65_HS1-834228961_62-HQ-83894_Serial_164
Agency: FBI
Page 121
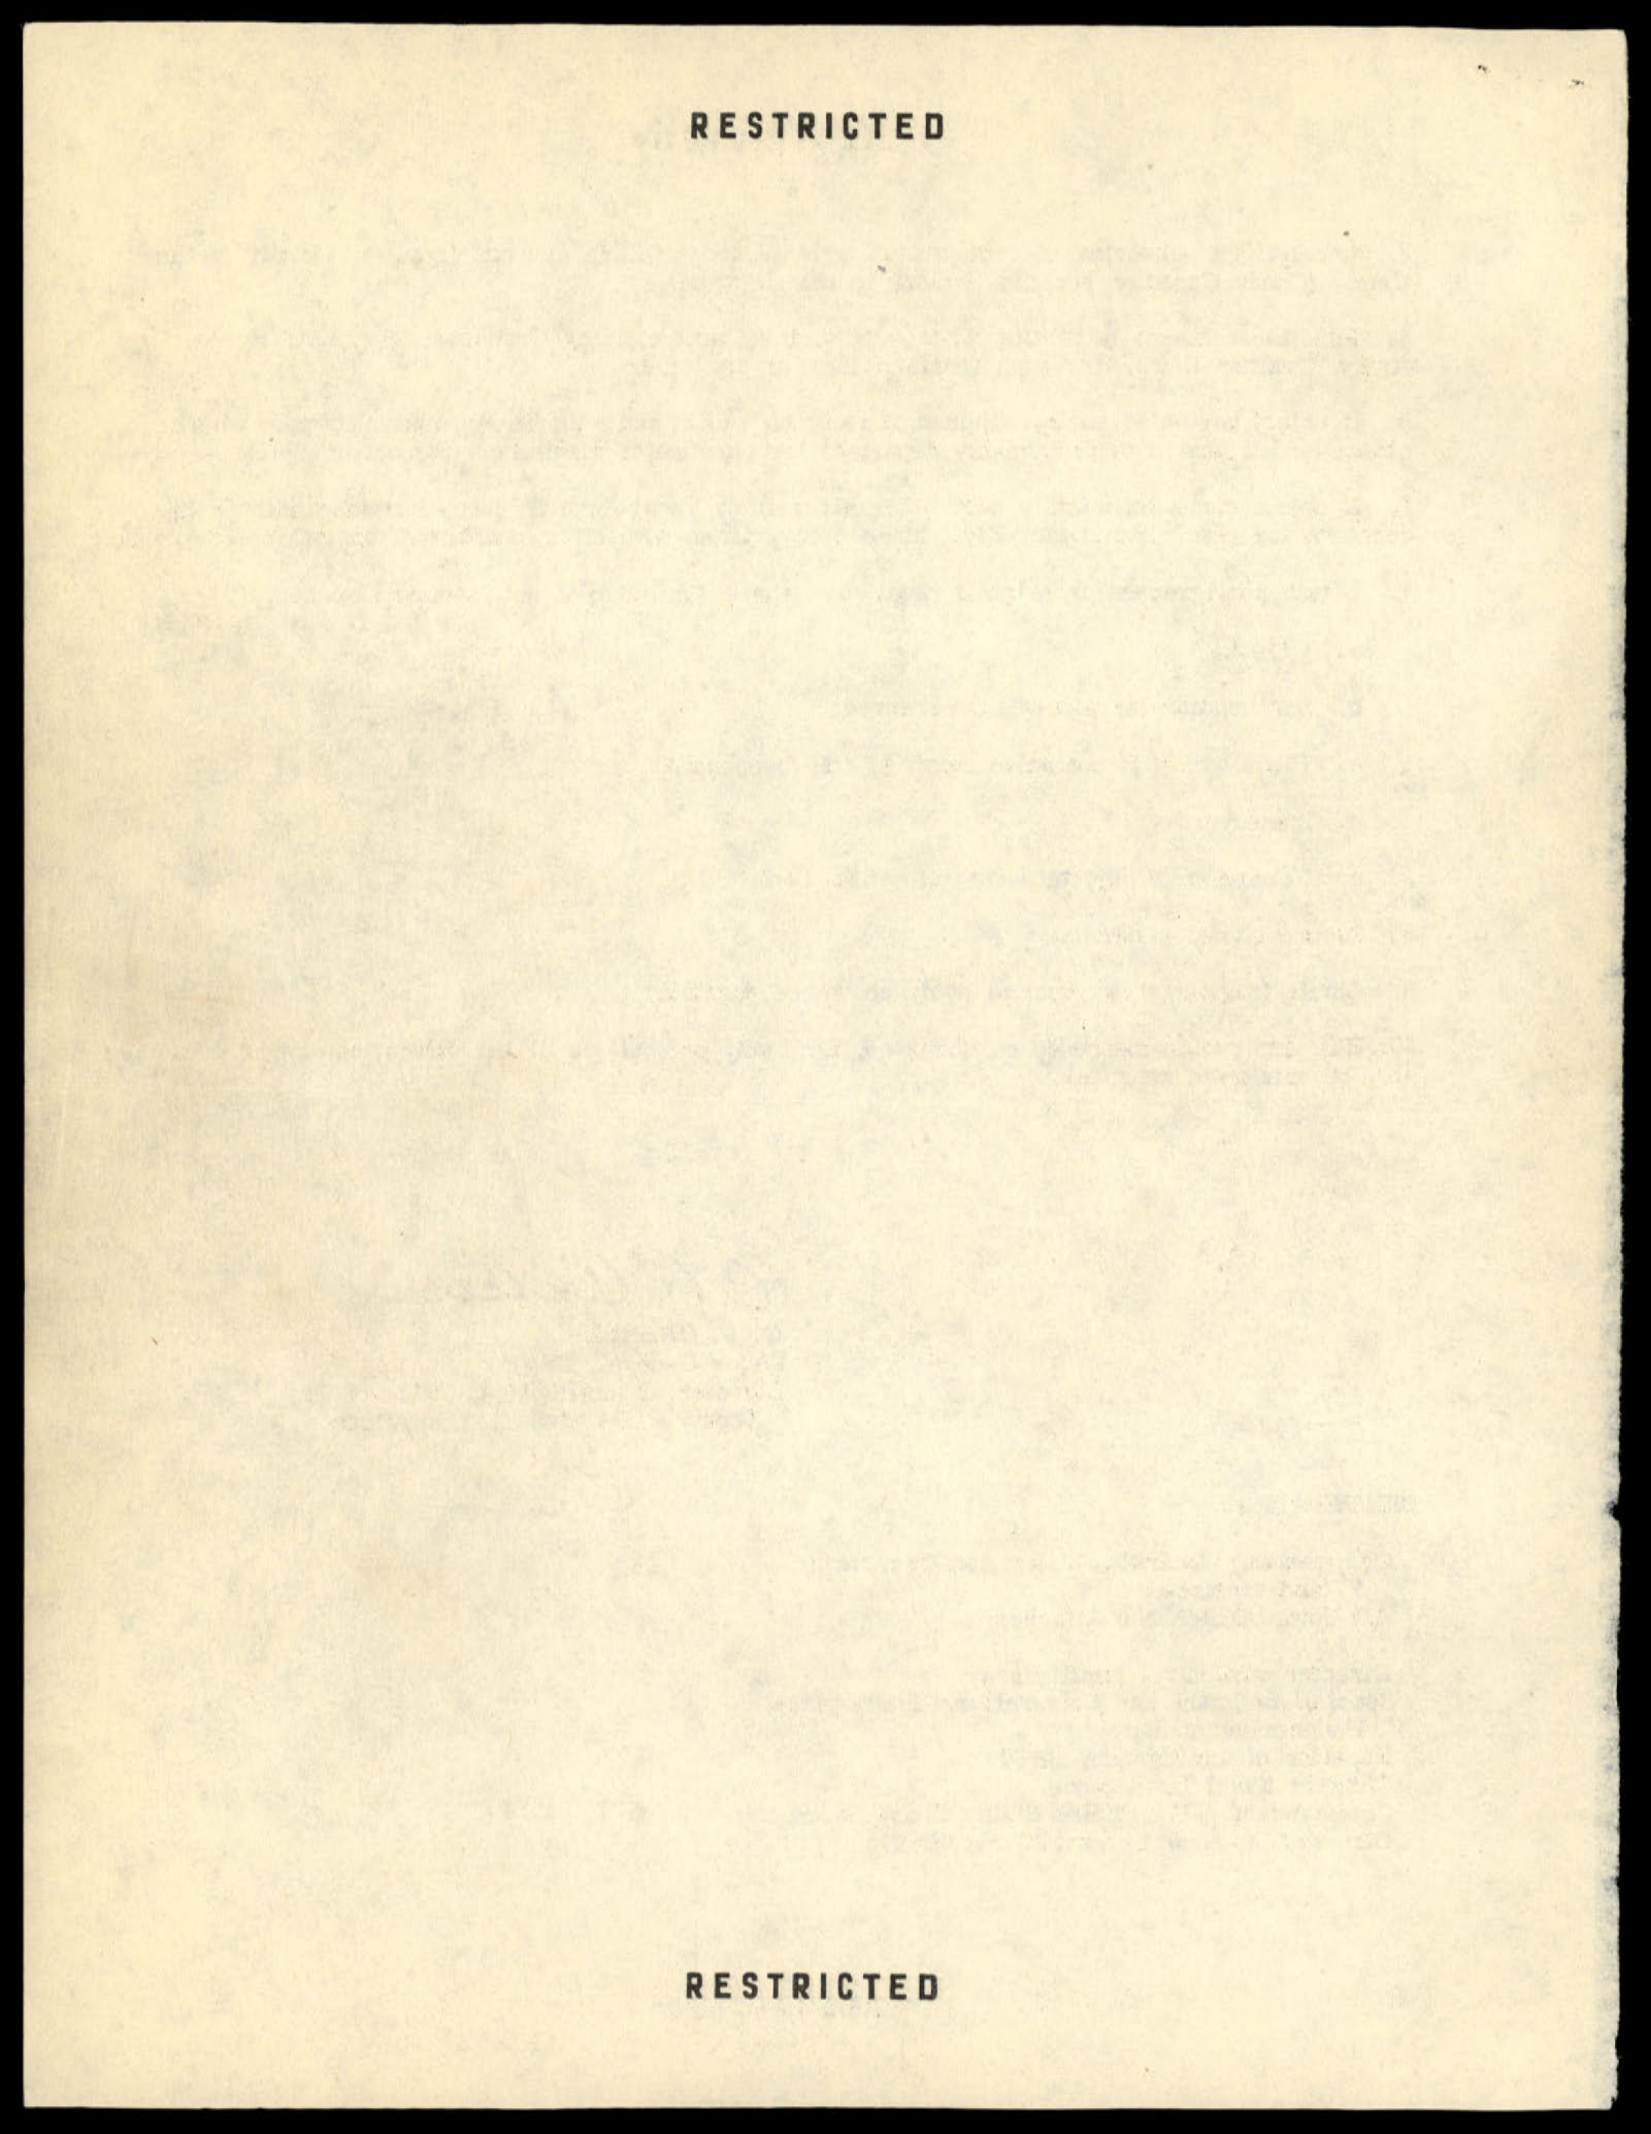